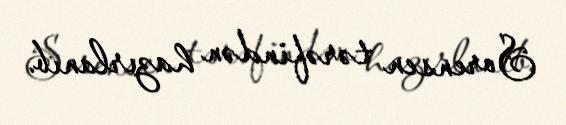
Sorensen tərəfindən hazırlanıb.